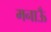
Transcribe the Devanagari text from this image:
मनाऊँ